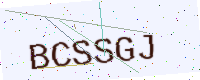
Text: BCSSGJ